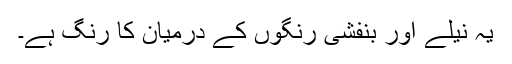
یہ نیلے اور بنفشی رنگوں کے درمیان کا رنگ ہے۔